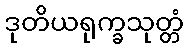
ဒုတိယရုက္ခသုတ္တံ